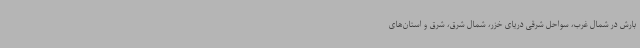
بارش در شمال غرب، سواحل شرقی دریای خزر، شمال شرق، شرق و استان‌های